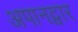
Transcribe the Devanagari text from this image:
अपानद्वार